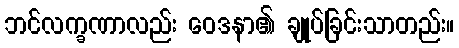
ဘင်လက္ခဏာလည်း ဝေဒနာ၏ ချုပ်ခြင်းသာတည်း။